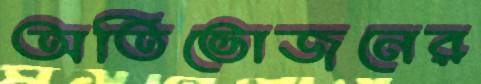
অতিভোজনের